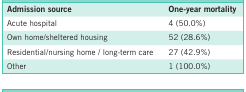
<table><thead><tr><td><b>Admission source</b></td><td><b>One-year mortality</b></td></tr></thead><tbody><tr><td>Acute hospital</td><td>4 (50.0%)</td></tr><tr><td>Own home/sheltered housing</td><td>52 (28.6%)</td></tr><tr><td>Residential/nursing home / long-term care</td><td>27 (42.9%)</td></tr><tr><td>Other</td><td>1 (100.0%)</td></tr></tbody></table>